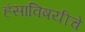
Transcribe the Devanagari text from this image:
हंसाविषयीचे